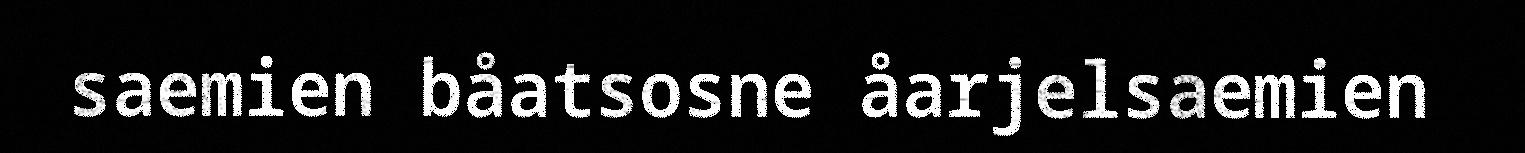
saemien båatsosne åarjelsaemien